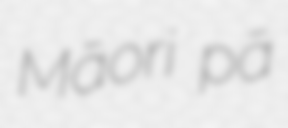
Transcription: Māori pā